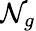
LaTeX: {\cal N}_{g}